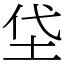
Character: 垈